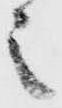
之